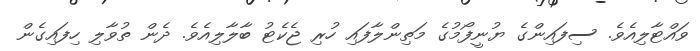
ވައްޓާލިއެވެ. ސިފައިންގެ ޔުނީފޯމުގެ މަތިންލާފައި ހުރި ޖެކެޓު ބާލާލިއެވެ. ދެން ތުވާލި ހިފައިގެން